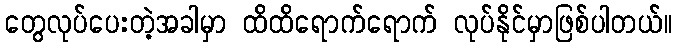
တွေလုပ်ပေးတဲ့အခါမှာ ထိထိရောက်ရောက် လုပ်နိုင်မှာဖြစ်ပါတယ်။